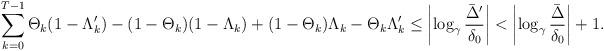
LaTeX: \begin{align*} \sum_{k=0}^{T-1} \Theta_k(1 - \Lambda_k') - (1-\Theta_k)(1-\Lambda_k) + (1-\Theta_k)\Lambda_k - \Theta_k \Lambda_k' \le \left|\log_\gamma \frac{\bar\Delta'}{\delta_0} \right| < \left|\log_\gamma \frac{\bar\Delta}{\delta_0} \right| + 1. \end{align*}